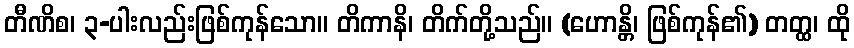
တီဏိစ၊ ၃-ပါးလည်းဖြစ်ကုန်သော။ တိကာနိ၊ တိက်တို့သည်။ (ဟောန္တိ၊ ဖြစ်ကုန်၏) တတ္ထ၊ ထို